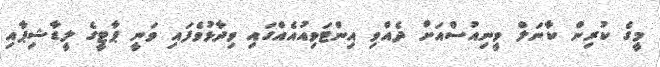
މީގެ ކުރިން ކާނަލް ވީނިއުސްއަށް ދެއްވި އިންޓަވިއުއެއްގައި ވިދާޅުވެފައި ވަނީ ޕާޓީގެ ލީޑާޝިޕާއި